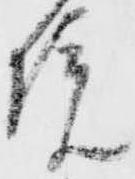
院